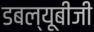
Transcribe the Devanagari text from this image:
डबल्यूबीजी